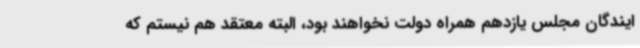
ایندگان مجلس یازدهم همراه دولت نخواهند بود، البته معتقد هم نیستم که